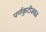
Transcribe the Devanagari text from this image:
पर्णकुटीजवळ